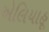
એલિયાહૂ